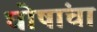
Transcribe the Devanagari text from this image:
घोषांचा